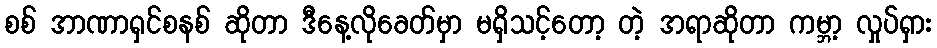
စစ် အာဏာရှင်စနစ် ဆိုတာ ဒီနေ့လိုခေတ်မှာ မရှိသင့်တော့ တဲ့ အရာဆိုတာ ကမ္ဘာ့ လှုပ်ရှား